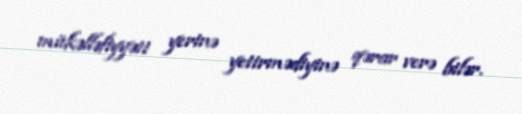
mükəlləfiyyəti yerinə yetirmədiyinə qərar verə bilər.